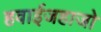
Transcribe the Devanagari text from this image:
हवाईजहाजो